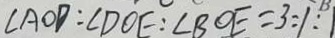
\angle A O D : \angle D O E : \angle B O E = 3 : 1 : 1